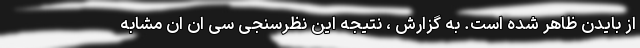
از بایدن ظاهر شده است. به گزارش ، نتیجه این نظرسنجی سی ان ان مشابه